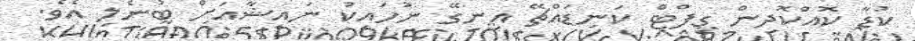
ކުޑާ ކޮއްކޮދިން ގިފްޓް ކަނޑައްޗޭ އިނގޭ ނުހައިކު ނައިޝާއަށް ބުނެލި އެވެ.